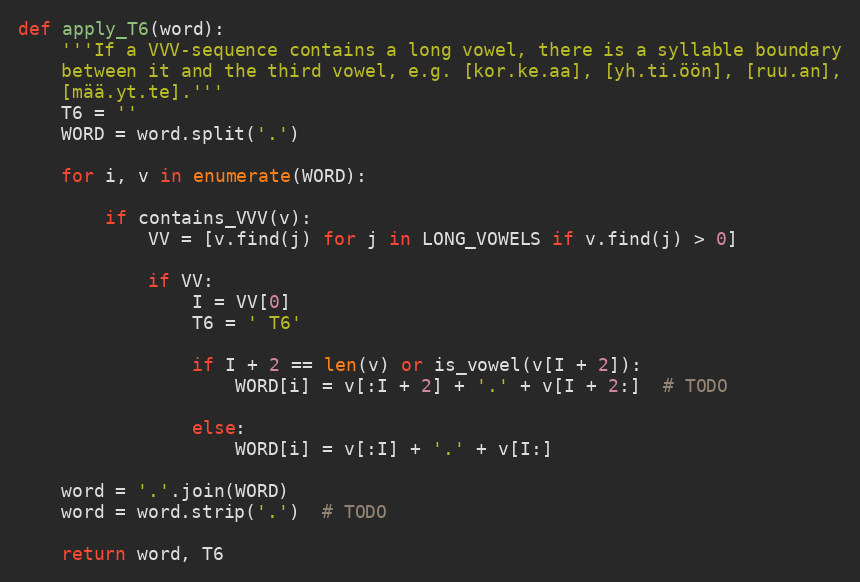
Language: Python
def apply_T6(word):
    '''If a VVV-sequence contains a long vowel, there is a syllable boundary
    between it and the third vowel, e.g. [kor.ke.aa], [yh.ti.öön], [ruu.an],
    [mää.yt.te].'''
    T6 = ''
    WORD = word.split('.')

    for i, v in enumerate(WORD):

        if contains_VVV(v):
            VV = [v.find(j) for j in LONG_VOWELS if v.find(j) > 0]

            if VV:
                I = VV[0]
                T6 = ' T6'

                if I + 2 == len(v) or is_vowel(v[I + 2]):
                    WORD[i] = v[:I + 2] + '.' + v[I + 2:]  # TODO

                else:
                    WORD[i] = v[:I] + '.' + v[I:]

    word = '.'.join(WORD)
    word = word.strip('.')  # TODO

    return word, T6